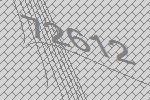
72612